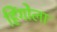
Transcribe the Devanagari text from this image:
हिंगोला